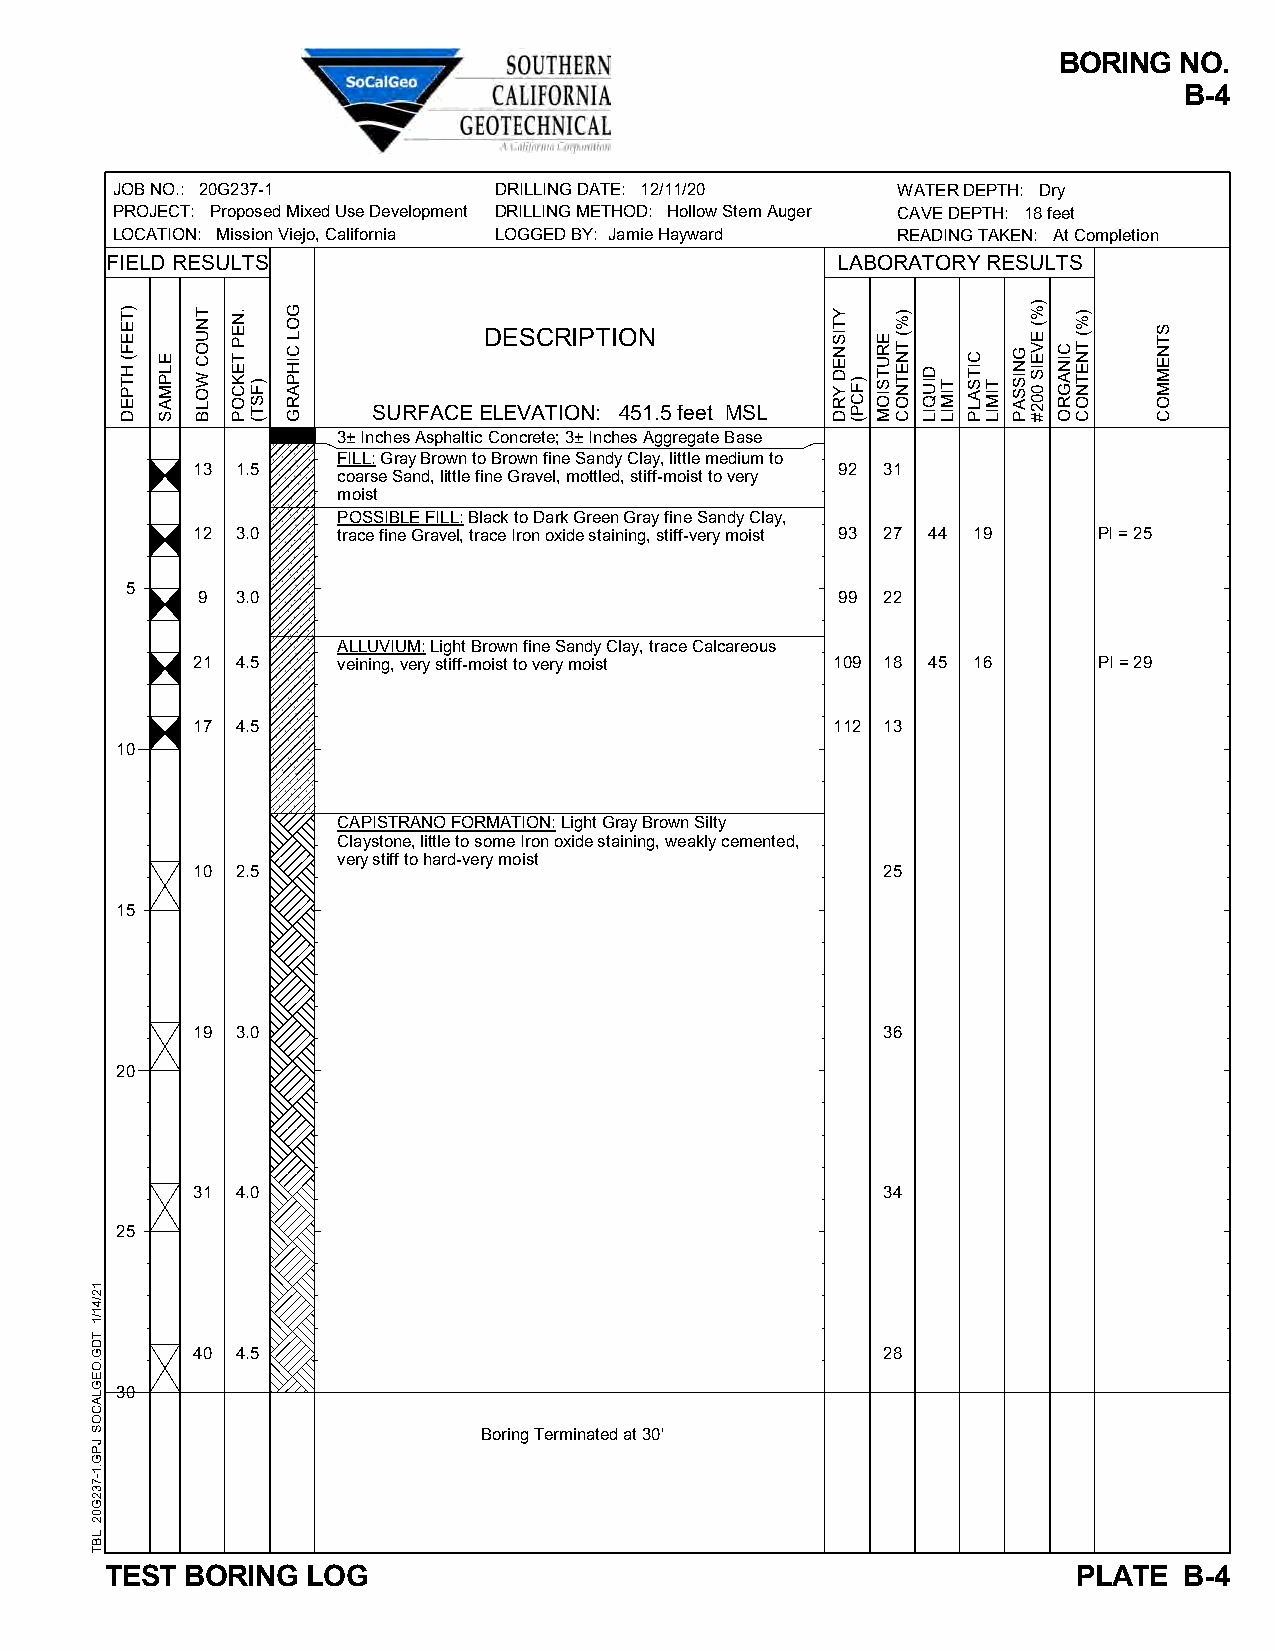
BORING  NO.
 B-4
 JOB NO.: 20G237-1         DRILLING DATE: 12/11/20   WATER DEPTH: Dry
 PROJECT: Proposed Mixed Use Development DRILLING METHOD: Hollow Stem Auger CAVE DEPTH: 18 feet
 LOCATION: Mission Viejo, California LOGGED BY: Jamie Hayward READING TAKEN: At Completion
 FIELD RESULTS                                   LABORATORY RESULTS
 DESCRIPTION
 SURFACE ELEVATION: 451.5 feet MSL
 3± Inches Asphaltic Concrete; 3± Inches Aggregate Base
 FILL: Gray Brown to Brown fine Sandy Clay, little medium to
 13 1.5                                    92 31
 coarse Sand, little fine Gravel, mottled, stiff-moist to very
 moist
 POSSIBLE FILL: Black to Dark Green Gray fine Sandy Clay,
 12 3.0   trace fine Gravel, trace Iron oxide staining, stiff-very moist 93 27 44 19 PI = 25
 5
 9  3.0                                    99 22
 ALLUVIUM: Light Brown fine Sandy Clay, trace Calcareous
 21 4.5   veining, very stiff-moist to very moist 109 18 45 16 PI = 29
 17 4.5                                    112 13
 10
 CAPISTRANO FORMATION: Light Gray Brown Silty
 Claystone, little to some Iron oxide staining, weakly cemented,
 very stiff to hard-very moist
 10 2.5                                       25
 15
 19 3.0                                       36
 20
 31 4.0                                       34
 25
 40 4.5                                       28
 30
 Boring Terminated at 30'
 TEST BORING  LOG                                                PLATE  B-4
 12/41/1
 TDG.OEGLACOS
 JPG.1-732G02
 LBT
 )TEEF(
 HTPED
 ELPMAS
 TNUOC
 WOLB
 .NEP
 TEKCOP
 )FST(
 GOL
 CIHPARG
 YTISNED
 YRD )FCP(
 ERUTSIOM
 )%(
 TNETNOC
 DIUQIL
 TIMIL
 CITSALP
 TIMIL
 GNISSAP
 )%(
 EVEIS
 002#
 CINAGRO
 )%(
 TNETNOC
 STNEMMOC